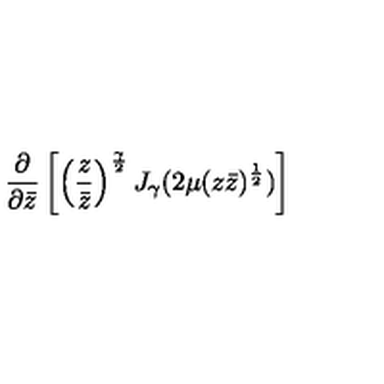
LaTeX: \left. \frac { \partial } { \partial \bar { z } } \left[ \left( \frac { z } { \bar { z } } \right) ^ { \frac { \gamma } { 2 } } J _ { \gamma } ( 2 \mu ( z \bar { z } ) ^ { \frac { 1 } { 2 } } ) \right] \right.